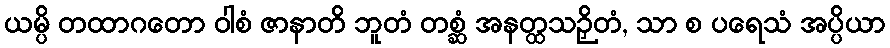
ယမ္ပိ တထာဂတော ဝါစံ ဇာနာတိ ဘူတံ တစ္ဆံ အနတ္ထသဉှိတံ, သာ စ ပရေသံ အပ္ပိယာ